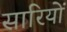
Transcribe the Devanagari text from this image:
सारियों